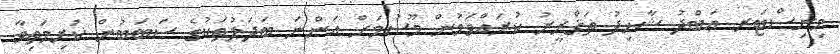
މިނިސްޓަރ ޢަބްދު ޝާހިދު ތަޤްރީރު ކުރައްވަމުން މޫސުމަށް އަންނަ ބަދަލުތަކުގެ ސަބަބުން ކުރިމަތިވާ